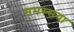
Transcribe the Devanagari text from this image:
समस्सया